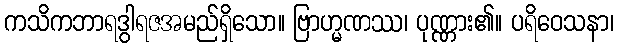
ကသိကဘာရဒွါရဇအမည်ရှိသော။ ဗြာဟ္မဏဿ၊ ပုဏ္ဏား၏။ ပရိဝေသနာ၊